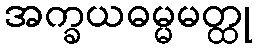
အက္ခယဓမ္မမတ္ထု